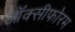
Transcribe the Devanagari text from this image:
ऑक्सीफोरम